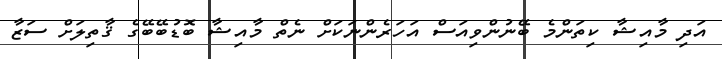
އަދި މާއިޝާ ކިތަންމެ ބޭނުންވިއަސް އަހަރެންނަކަށް ނެތް މާއިޝާ ބޮޑުބޭބޭގެ ޤާތިލަށް ސަޒާ